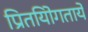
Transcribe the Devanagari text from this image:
प्रितयोिगतायें